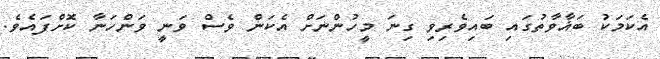
އެކަމަކު ބަޣާވާތުގައި ބައިވެރިވި ގިނަ މީހުންނަށް އެކަން ވެސް ވަނީ ވަންހަނާ ކޮށްފައެވެ.